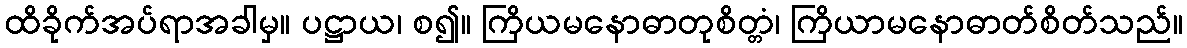
ထိခိုက်အပ်ရာအခါမှ။ ပဋ္ဌာယ၊ စ၍။ ကြိယမနောဓာတုစိတ္တံ၊ ကြိယာမနောဓာတ်စိတ်သည်။